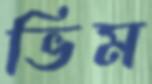
ভিম